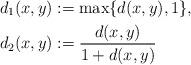
LaTeX: \begin{align*} d_{1}(x, y) & := \max\{d(x, y), 1\},\\d_{2}(x, y) & := \frac{d(x, y)}{1 + d(x, y)}\end{align*}